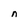
Character: n